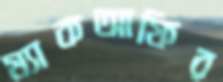
ম্যাকআফির